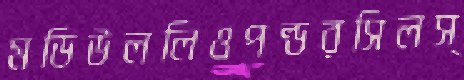
মডিউললিওপল্ডরসিলস্